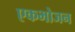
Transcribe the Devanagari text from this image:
एकभोजन